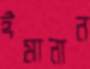
ঈমানান